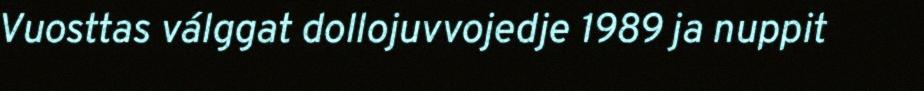
Vuosttas válggat dollojuvvojedje 1989 ja nuppit